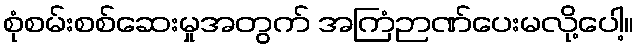
စုံစမ်းစစ်ဆေးမှုအတွက် အကြံဉာဏ်ပေးမလို့ပေါ့။